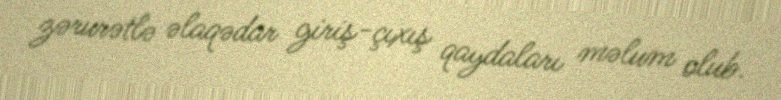
zərurətlə əlaqədar giriş-çıxış qaydaları məlum olub.